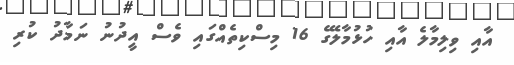
އާއި ވިލިމާލެ އާއި ހުޅުމާލޭގެ 16 މިސްކިތެއްގައި ވެސް އީދުނު ނަމާދު ކުރި